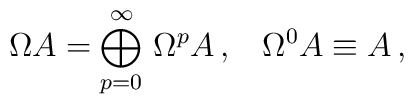
\Omega A = \bigoplus^\infty_{p = 0} \,\Omega^p A \, , \, \, \, \, \, \Omega^0 A \equiv A \, ,